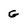
Character: g